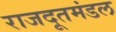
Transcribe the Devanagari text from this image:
राजदूतमंडल